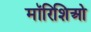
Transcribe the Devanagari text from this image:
मॉरिशिओ